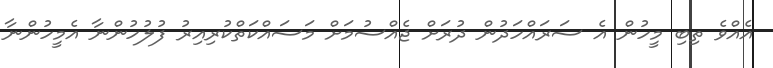
އެއްވެ ތިބި މީހުން އެ ސަރައްހަދުން ދުރަށް ޖެއްސުމަށް މަސައްކަތްކުރިއިރު ފުލުހުންނާ އެމީހުންނާ